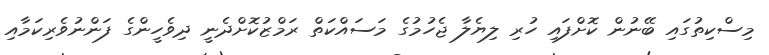
މިސްކިތުގައި ބޭނުން ކޮށްފައި ހުރި ލިޔެލާ ޖެހުމުގެ މަސައްކަތް ރަމްޒުކޮށްދެނީ ދިވެހީންގެ ފަންނުވެރިކަމާއި